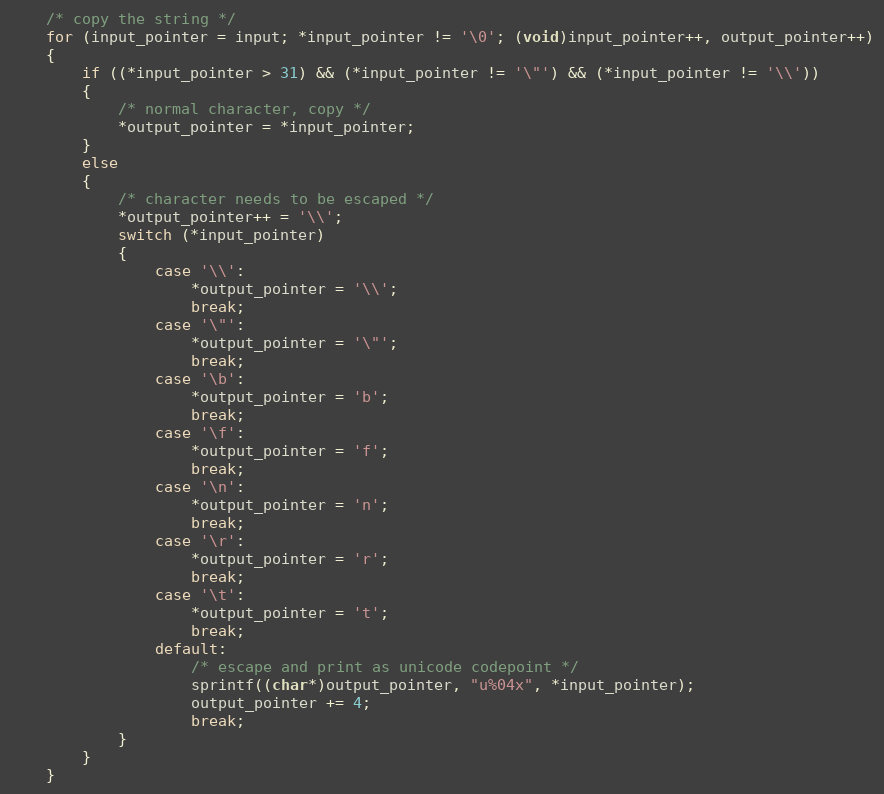
Language: C++
    /* copy the string */
    for (input_pointer = input; *input_pointer != '\0'; (void)input_pointer++, output_pointer++)
    {
        if ((*input_pointer > 31) && (*input_pointer != '\"') && (*input_pointer != '\\'))
        {
            /* normal character, copy */
            *output_pointer = *input_pointer;
        }
        else
        {
            /* character needs to be escaped */
            *output_pointer++ = '\\';
            switch (*input_pointer)
            {
                case '\\':
                    *output_pointer = '\\';
                    break;
                case '\"':
                    *output_pointer = '\"';
                    break;
                case '\b':
                    *output_pointer = 'b';
                    break;
                case '\f':
                    *output_pointer = 'f';
                    break;
                case '\n':
                    *output_pointer = 'n';
                    break;
                case '\r':
                    *output_pointer = 'r';
                    break;
                case '\t':
                    *output_pointer = 't';
                    break;
                default:
                    /* escape and print as unicode codepoint */
                    sprintf((char*)output_pointer, "u%04x", *input_pointer);
                    output_pointer += 4;
                    break;
            }
        }
    }